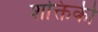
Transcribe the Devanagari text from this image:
शक्तिकी